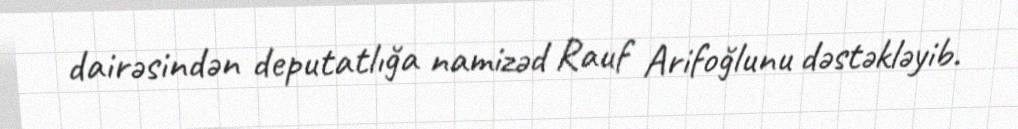
dairəsindən deputatlığa namizəd Rauf Arifoğlunu dəstəkləyib.